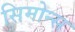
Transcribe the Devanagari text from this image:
सिमोन्स